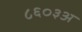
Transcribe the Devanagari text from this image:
८६०३अ